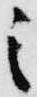
之